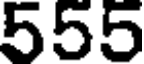
555